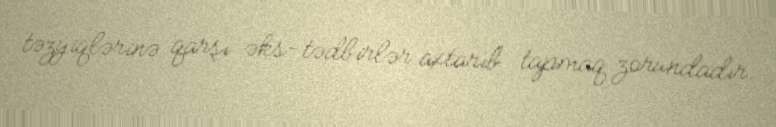
təzyiqlərinə qarşı əks-tədbirlər axtarıb tapmaq zorundadır.